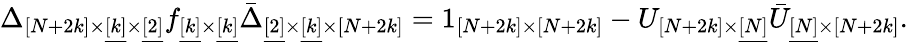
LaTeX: \Delta_{[N+2k]\times\underline{{{[k]}}}\times\underline{{{[2]}}}}f_{\underline{{{[k]}}}\times\underline{{{[k]}}}}\bar{\Delta}_{\underline{{{[2]}}}\times\underline{{{[k]}}}\times[N+2k]}=1_{[N+2k]\times[N+2k]}-U_{[N+2k]\times\underline{{{[N]}}}}\bar{U}_{\underline{{{[N]}}}\times[N+2k]}.